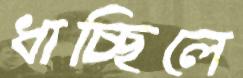
ধাচ্ছিলে